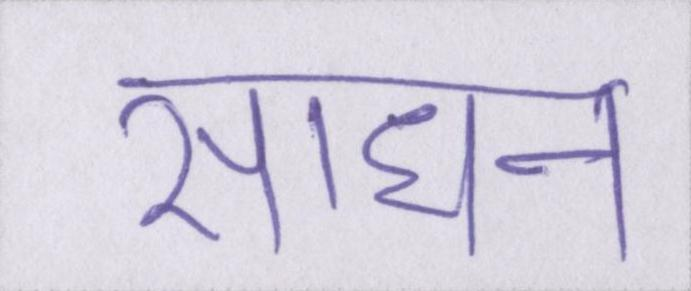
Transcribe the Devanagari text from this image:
साधन